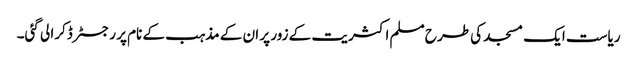
ریاست ایک مسجد کی طرح مسلم اکثریت کے زور پر ان کے مذہب کے نام پر رجسٹر ڈکرا لی گئی۔